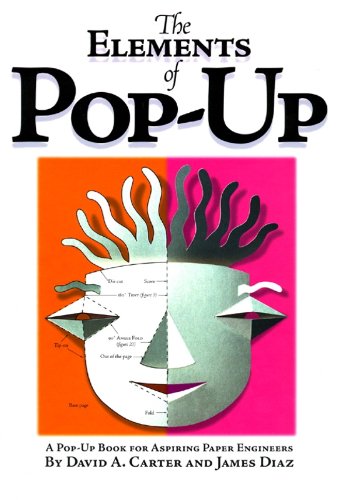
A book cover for Elements of Pop Up; James Diaz; Children's Books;